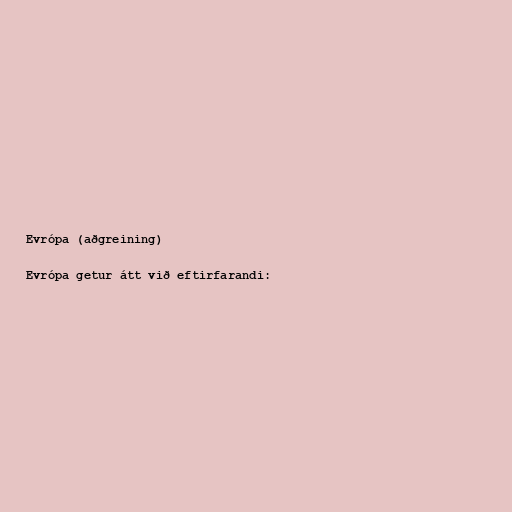
Evrópa (aðgreining)

Evrópa getur átt við eftirfarandi: